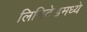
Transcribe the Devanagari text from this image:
लिमिटेडमध्ये